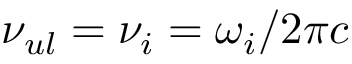
\nu _ { u l } = \nu _ { i } = \omega _ { i } / 2 \pi c